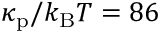
\kappa _ { \mathrm { p } } / k _ { \mathrm { B } } T = 8 6